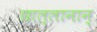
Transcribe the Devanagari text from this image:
छाल्लानान्